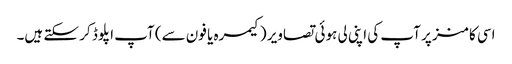
اسی کامنز پر آپ کی اپنی لی ہوئی تصاویر (کیمرہ یا فون سے) آپ اپلوڈ کر سکتے ہیں۔